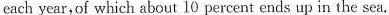
each year, of which about 10 percent ends up in the sea.